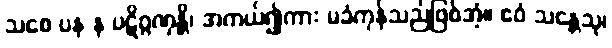
သစေ ပန န ပဋိဂ္ဂဏှန္တိ၊ အကယ်၍ကား မခံကုန်သည်ဖြစ်အံ့။ ဧဝံ သန္တေသု၊